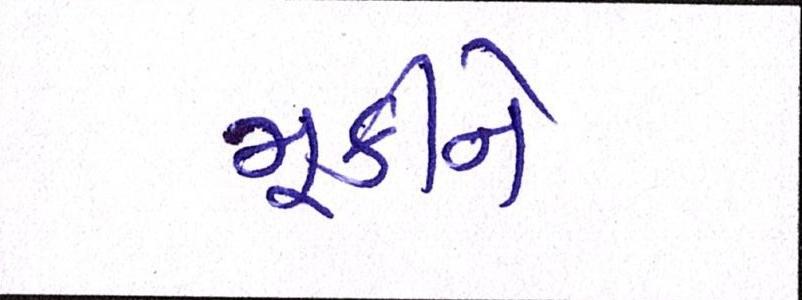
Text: મૂકીને